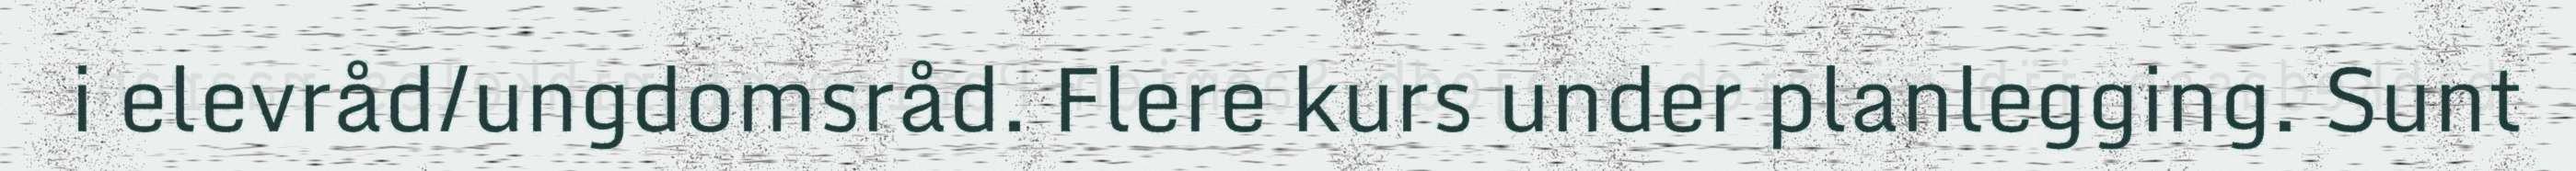
i elevråd/ungdomsråd. Flere kurs under planlegging. Sunt